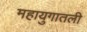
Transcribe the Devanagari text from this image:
महायुगातली